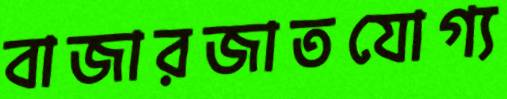
বাজারজাতযোগ্য